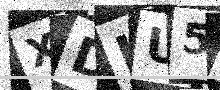
Text: XDIU5S